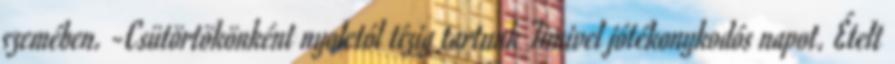
szemében. -Csütörtökönként nyolctól tízig tartunk Timivel jótékonykodós napot. Ételt